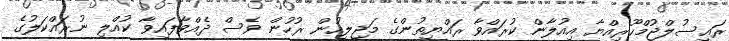
ރައީސުލްޖުމްހޫރިއްޔާ އިއުލާން ކުރައްވާ ރައްޔިތުންގެ މަޖިލީހުން ރުހުން ވެސް ދެއްވާފައިވާ ކުއްލި ނުރައްކަލުގެ